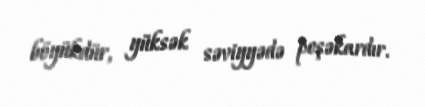
böyükdür, yüksək səviyyədə peşəkardır.